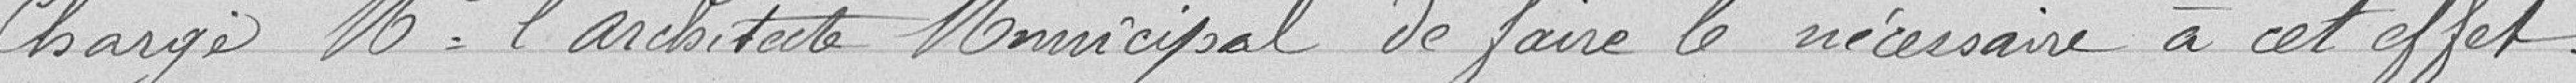
Charge monsieur l'architecte municipal de faire le nécessaire à cette effet.